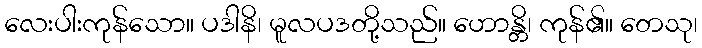
လေးပါးကုန်သော။ ပဒါနိ၊ မူလပဒတို့သည်။ ဟောန္တိ၊ ကုန်၏။ တေသု၊